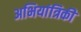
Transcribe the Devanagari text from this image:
अभियांत्रिकी